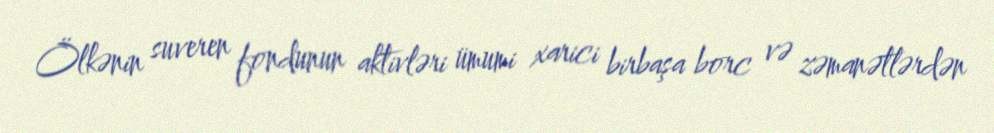
Ölkənin suveren fondunun aktivləri ümumi xarici birbaşa borc və zəmanətlərdən